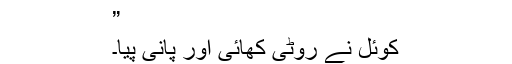
”
کوئل نے روٹی کھائی اور پانی پیا۔